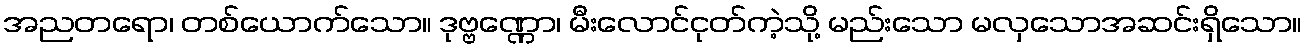
အညတရော၊ တစ်ယောက်သော။ ဒုဗ္ဗဏ္ဏော၊ မီးလောင်ငုတ်ကဲ့သို့ မည်းသော မလှသောအဆင်းရှိသော။